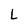
Character: L